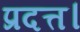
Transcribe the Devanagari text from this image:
प्रदत्त।